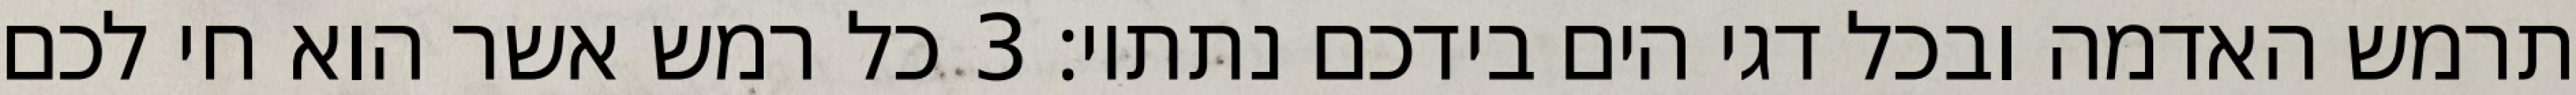
תרמש האדמה ובכל דגי הים בידכם נתתיו׃ ‎3‏ כל רמש אשר הוא חי לכם